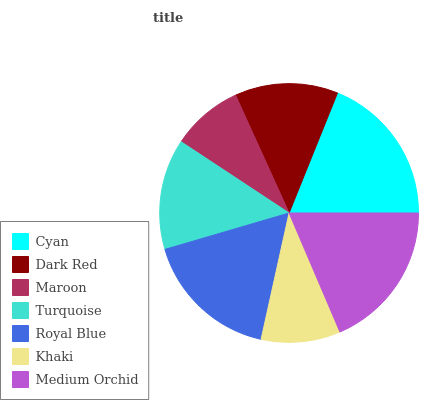
| Cyan | Dark Red | Maroon | Turquoise | Royal Blue | Khaki | Medium Orchid |
 | --- | --- | --- | --- | --- | --- | --- |
 | 18.9% | 12.9% | 8.92% | 13.8% | 17% | 9.87% | 18.6% |